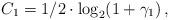
LaTeX: \begin{align*}C_1 = 1/2\cdot\log_2 (1 + \gamma_1)\,,\end{align*}